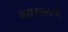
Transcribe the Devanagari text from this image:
नयायालयों